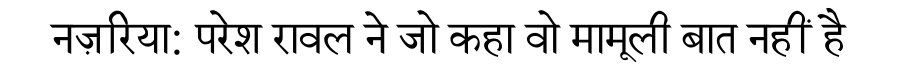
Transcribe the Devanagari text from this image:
नज़रिया: परेश रावल ने जो कहा वो मामूली बात नहीं है